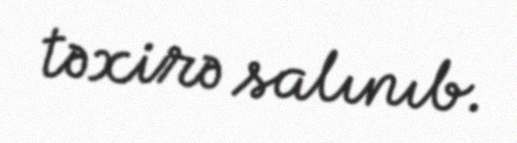
təxirə salınıb.